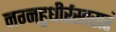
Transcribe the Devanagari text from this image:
नग्नहुधीर्रस्तसरं